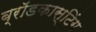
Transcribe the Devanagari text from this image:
ब्राॅडकास्टिंग